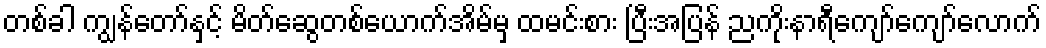
တစ်ခါ ကျွန်တော်နှင့် မိတ်ဆွေတစ်ယောက်အိမ်မှ ထမင်းစား ပြီးအပြန် ညကိုးနာရီကျော်ကျော်လောက်